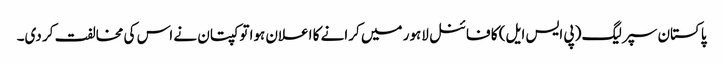
پاکستان سپر لیگ (پی ایس ایل) کا فائنل لاہور میں کرانے کا اعلان ہوا تو کپتان نے اس کی مخالفت کر دی۔